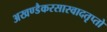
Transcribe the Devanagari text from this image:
अखण्डैकरसास्वादतृप्तो